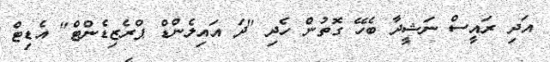
އަދި ރައީސް ނަޝީދާ ބެހޭ ގޮތުން ހެދި "ދަ އައިލެންޑް ޕްރެޒިޑެންޓް" އެޑިޓް